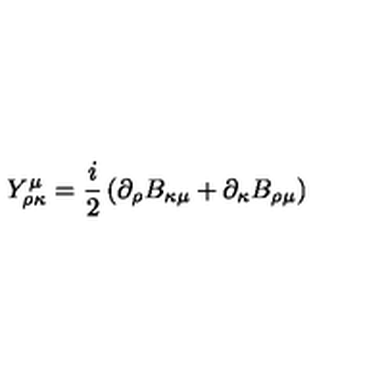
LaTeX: Y _ { \rho \kappa } ^ { \mu } = \frac { i } { 2 } \left( \partial _ { \rho } B _ { \kappa \mu } + \partial _ { \kappa } B _ { \rho \mu } \right)